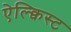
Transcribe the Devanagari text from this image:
ऐल्क्विस्ट